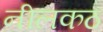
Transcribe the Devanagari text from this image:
नीलकठ